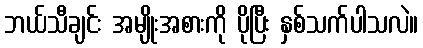
ဘယ်သီချင်း အမျိုးအစားကို ပိုပြီး နှစ်သက်ပါသလဲ။